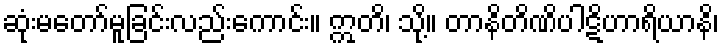
ဆုံးမတော်မူခြင်းလည်းကောင်း။ ဣတိ၊ သို့။ တာနိတိဏိပါဋိဟာရိယာနိ၊